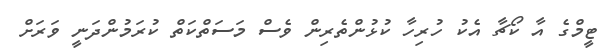
ޓީމްގެ އާ ކޯޗާ އެކު ހުރިހާ ކުޅުންތެރިން ވެސް މަސަތްކަތް ކުރަމުންދަނީ ވަރަށް